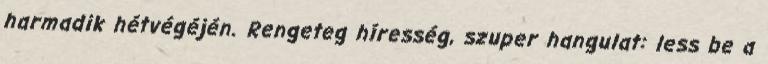
harmadik hétvégéjén. Rengeteg híresség, szuper hangulat: less be a